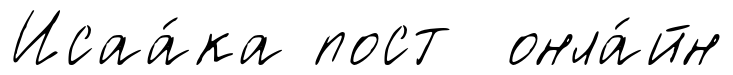
Исаа́ка пост онла́йн